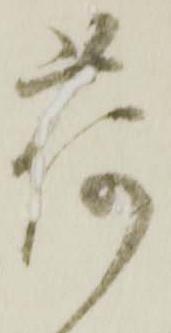
荷